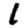
Digit: 1